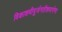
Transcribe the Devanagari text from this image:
विकाशमीयुर्जगतीशमार्गणा